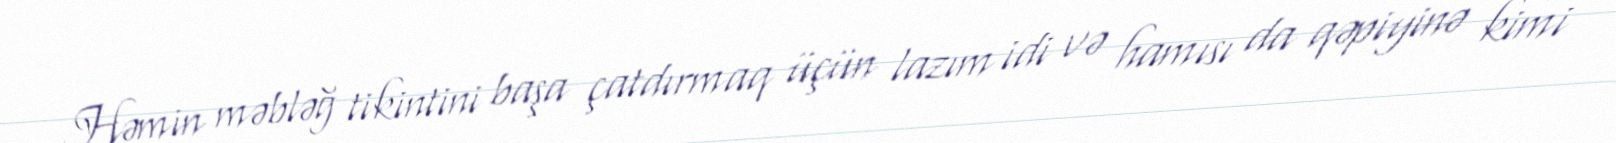
Həmin məbləğ tikintini başa çatdırmaq üçün lazım idi və hamısı da qəpiyinə kimi